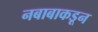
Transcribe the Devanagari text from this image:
नबाबाकडून